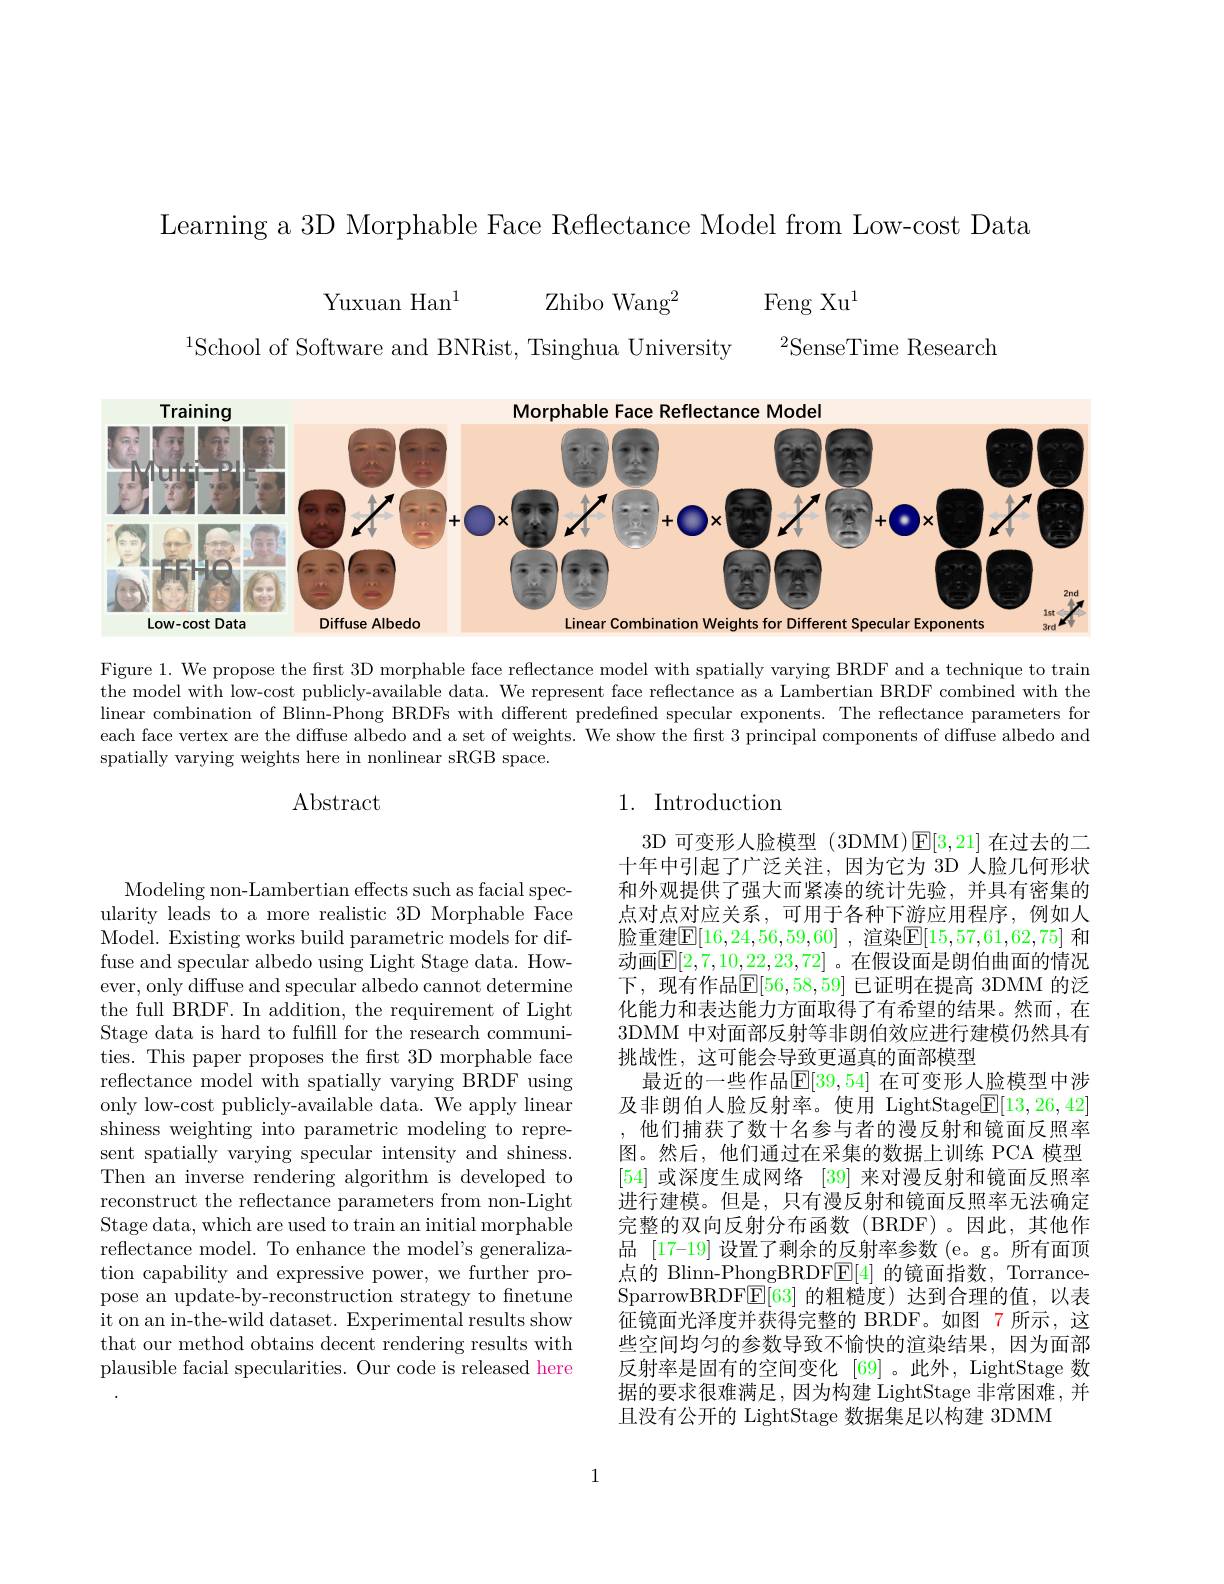
Learning a 3D Morphable Face Reflectance Model from Low-cost Data

Yuxuan Han$^{1}$

Zhibo Wang$^2$

Feng Xu$^1$

$^{2}$SenseTime Research

$^{1}$School of Software and BNRist, Tsinghua University

<FigureHere>

Figure 1. We propose the first 3D morphable face reflectance model with spatially varying BRDF and a technique to train the model with low-cost publicly-available data. We represent face reflectance as a Lambertian BRDF combined with the linear combination of Blinn-Phong BRDFs with different predefined specular exponents. The reflectance parameters for each face vertex are the diffuse albedo and a set of weights. We show the first 3 principal components of diffuse albedo and spatially varying weights here in nonlinear sRGB space.

## 1. Introduction

## Abstract

Modeling non-Lambertian effects such as facial specularity leads to a more realistic 3D Morphable Face Model. Existing works build parametric models for diffuse and specular albedo using Light Stage data. However, only diffuse and specular albedo cannot determine the full BRDF. In addition, the requirement of Light Stage data is hard to fulfill for the research communities. This paper proposes the first 3D morphable face reflectance model with spatially varying BRDF using only low-cost publicly-available data. We apply linear shiness weighting into parametric modeling to represent spatially varying specular intensity and shiness. Then an inverse rendering algorithm is developed to reconstruct the reflectance parameters from non-Light Stage data, which are used to train an initial morphable reflectance model. To enhance the model's generalization capability and expressive power, we further propose an update-by-reconstruction strategy to finetune it on an in-the-wild dataset. Experimental results show that our method obtains decent rendering results with plausible facial specularities. Our code is released here

3D 可变形人脸模型(3DMM)$\operatorname{E}[3,21]$在过去的二十年中引起了广泛关注，因为它为 3D 人脸几何形状和外观提供了强大而紧凑的统计先验，并具有密集的点对点对应关系，可用于各种下游应用程序，例如人脸重建$\boxed{\mathbb{E}}[16,24,56,59,60]$ ,渲染$\boxed{\mathbb{E}}[15,57,61,62,75]$ 和动画$\mathbb{E}[2,7,10,22,23,72]$。在假设面是朗伯曲面的情况下，现有作品$\mathbb{E}[56,58,59]$ 已证明在提高 3DMM 的泛化能力和表达能力方面取得了有希望的结果。然而，在3DMM 中对面部反射等非朗伯效应进行建模仍然具有挑战性，这可能会导致更逼真的面部模型
最近的一些作品$\mathbb{E}[39,54]$ 在可变形人脸模型中涉及非朗伯人脸反射率。使用 LightStage$\underline{\mathrm{E}}[13,26,42]$ ,他们捕获了数十名参与者的漫反射和镜面反照率图。然后，他们通过在采集的数据上训练 PCA 模型[54]或深度生成网络[39]来对漫反射和镜面反照率进行建模。但是，只有漫反射和镜面反照率无法确定完整的双向反射分布函数(BRDF)。因此，其他作品 [17-19] 设置了剩余的反射率参数 (e。g。所有面顶点的 Blinn-PhongBRDF$\boxed{\mathrm{E}}[4]$的镜面指数，TorranceSparrowBRDF$\underline{\mathrm{E}}[63]$的粗糙度)达到合理的值，以表征镜面光泽度并获得完整的 BRDF。如图 7 所示，这些空间均匀的参数导致不愉快的渲染结果，因为面部反射率是固有的空间变化 [69]。此外，LightStage 数据的要求很难满足，因为构建 LightStage 非常困难，并且没有公开的 LightStage 数据集足以构建 3DMM

1